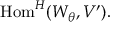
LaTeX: { \mathrm { H o m } } ^ { H } ( W _ { \theta } , V ^ { \prime } ) .